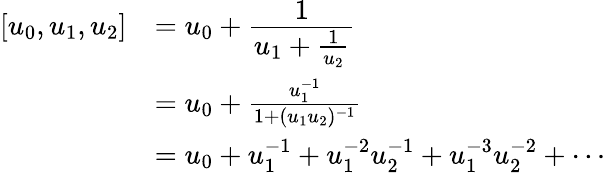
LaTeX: \begin{array}{rl}{[u_{0},u_{1},u_{2}]}&{=u_{0}+\cfrac{1}{u_{1}+\frac{1}{u_{2}}}}\\ &{=u_{0}+\frac{u_{1}^{-1}}{1+(u_{1}u_{2})^{-1}}}\\ &{=u_{0}+u_{1}^{-1}+u_{1}^{-2}u_{2}^{-1}+u_{1}^{-3}u_{2}^{-2}+\cdots}\end{array}